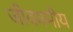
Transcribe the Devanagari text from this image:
जीवश्मीय